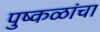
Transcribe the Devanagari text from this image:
पुष्कळांचा